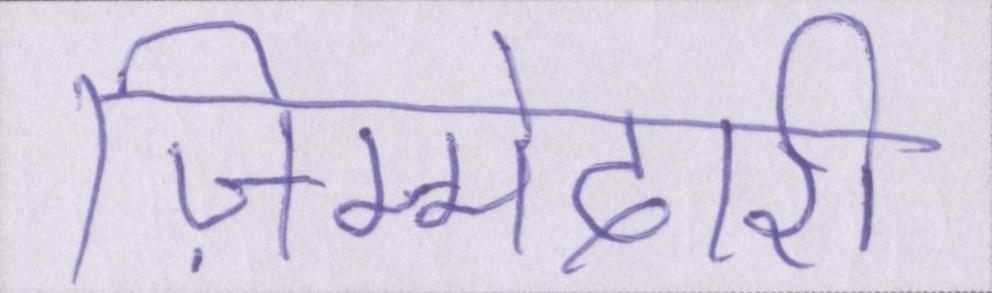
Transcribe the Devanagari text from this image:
ज़िम्मेदारी